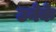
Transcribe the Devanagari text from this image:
उनेके